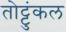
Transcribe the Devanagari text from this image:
तोट्टुंकल